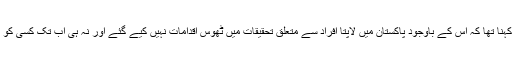
انسانی حقوق کی بین الاقوامی تنظیم کا کہنا تھا کہ اس کے باوجود پاکستان میں لاپتا افراد سے متعلق تحقیقات میں ٹھوس اقدامات نہیں کیے گئے اور نہ ہی اب تک کسی کو ایسے واقعات کا ذمہ دار ٹہرایا گیا ہے۔